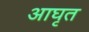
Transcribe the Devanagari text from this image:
आघृत